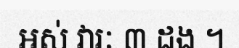
ឣស់ វារៈ ៣ ដង ។